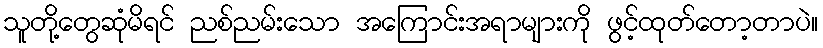
သူတို့တွေဆုံမိရင် ညစ်ညမ်းသော အကြောင်းအရာများကို ဖွင့်ထုတ်တော့တာပဲ။